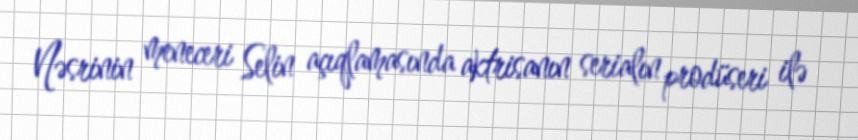
Nəsrinin meneceri Selin açıqlamasında aktrisanın serialın prodüseri ilə